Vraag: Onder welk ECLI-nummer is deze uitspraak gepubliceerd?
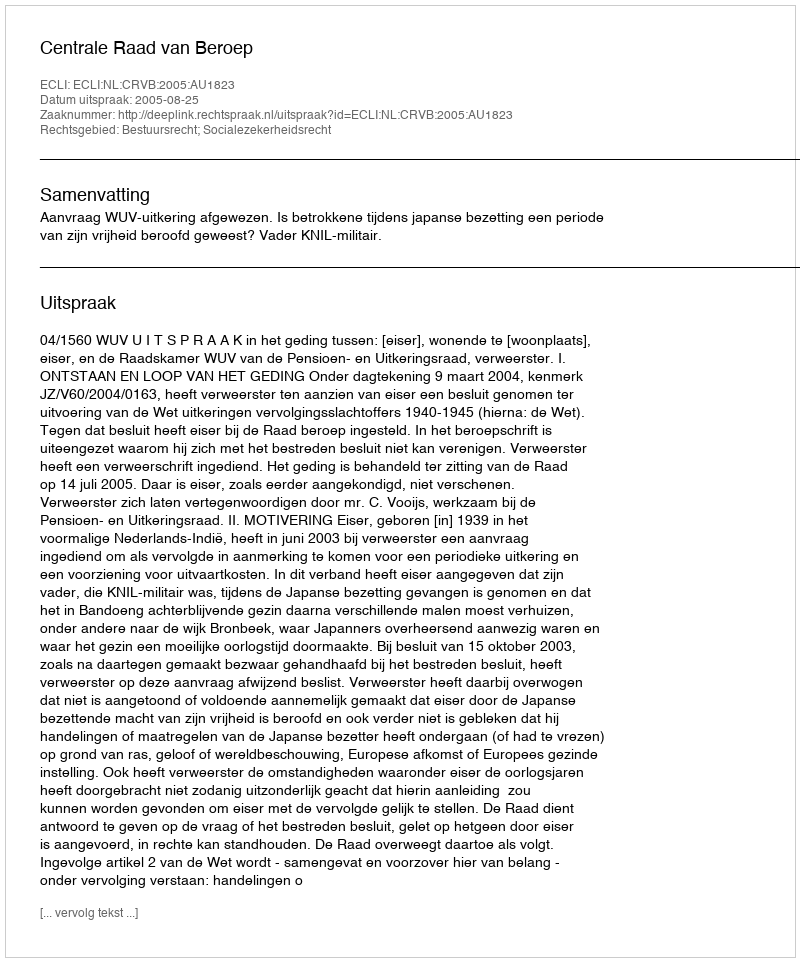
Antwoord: ECLI:NL:CRVB:2005:AU1823